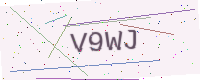
Text: V9WJ